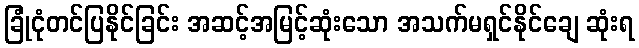
ခြုံငုံတင်ပြနိုင်ခြင်း အဆင့်အမြင့်ဆုံးသော အသက်မရှင်နိုင်ချေ ဆုံးရ